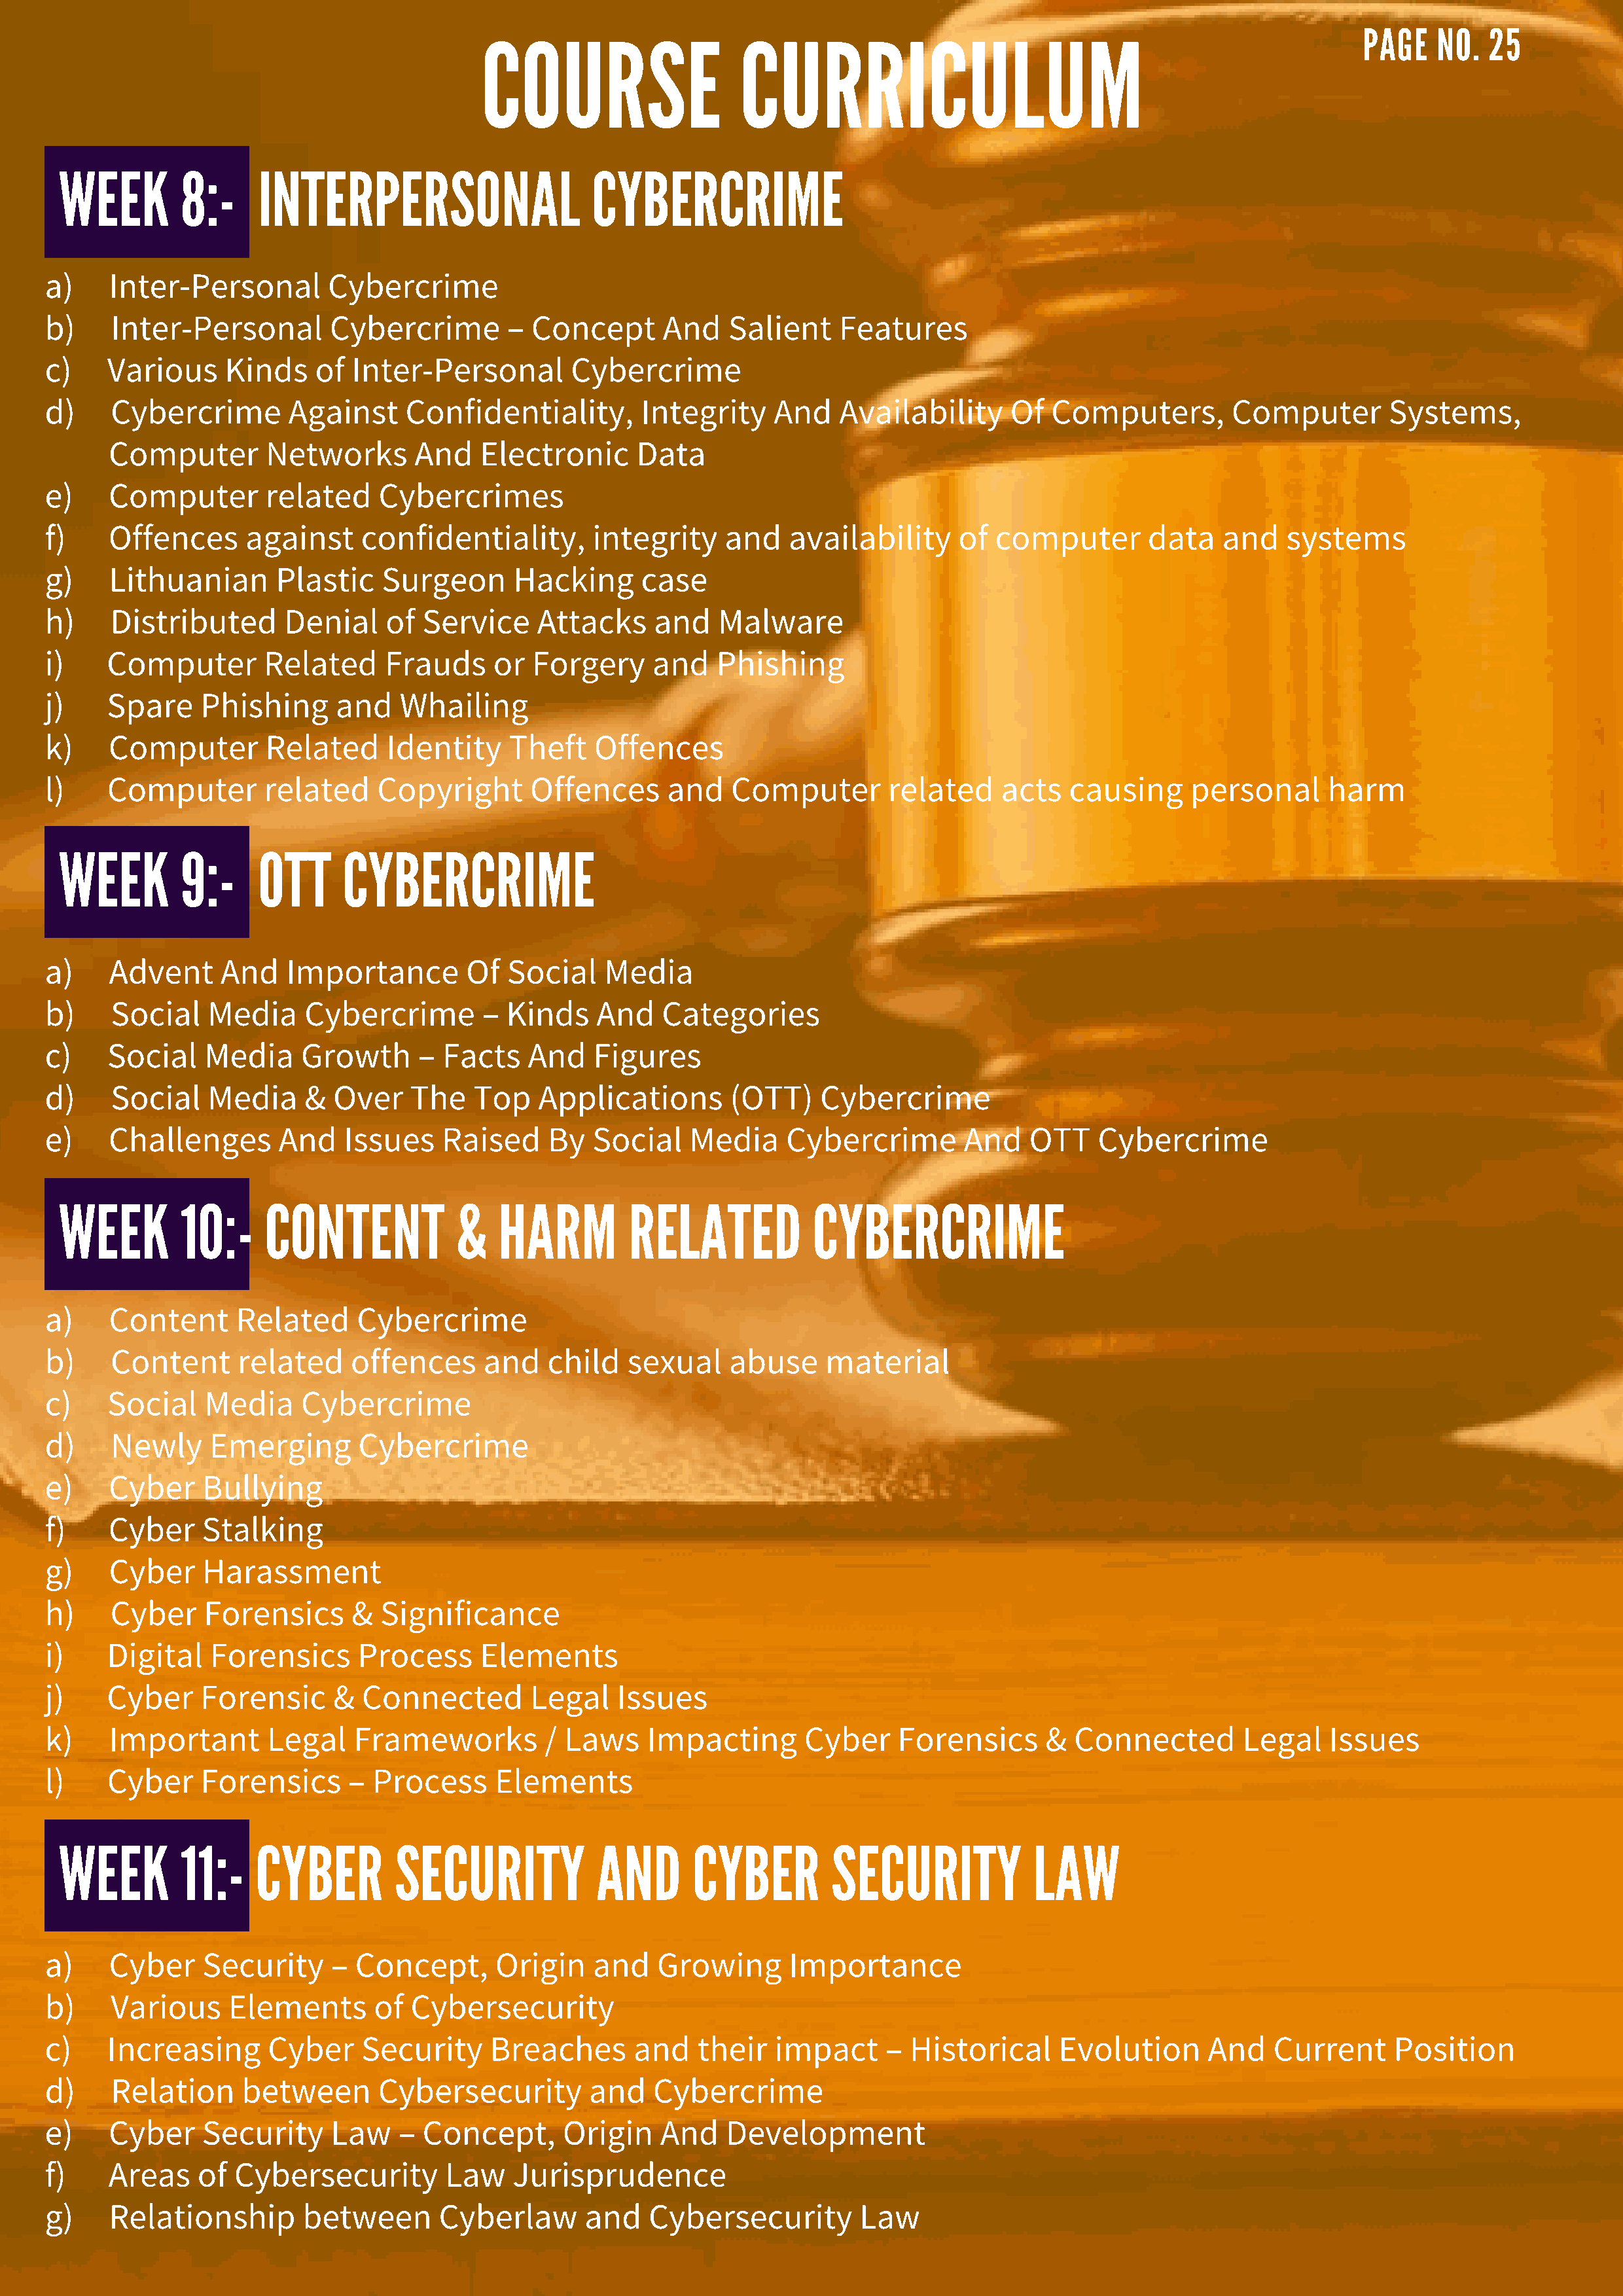
COURSE                    CURRICULUM
 PAGE   NO.   25
 WEEK        8:-     INTERPERSONAL                     CYBERCRIME
 a)    Inter-Personal        Cybercrime
 b)    Inter-Personal        Cybercrime        –  Concept      And    Salient    Features
 c)    Various     Kinds    of  Inter-Personal        Cybercrime
 d)    Cybercrime        Against     Confidentiality,        Integrity    And    Availability     Of  Computers,         Computer       Systems,
 Computer        Networks       And    Electronic     Data
 e)    Computer        related    Cybercrimes
 f)    Offences      against     confidentiality,       integrity    and    availability     of  computer       data    and   systems
 g)    Lithuanian       Plastic    Surgeon      Hacking      case
 h)    Distributed       Denial    of  Service    Attacks     and    Malware
 i)    Computer        Related     Frauds     or  Forgery     and   Phishing
 j)    Spare    Phishing      and   Whailing
 k)    Computer        Related     Identity    Theft    Offences
 l)    Computer        related    Copyright       Offences     and    Computer        related    acts   causing     personal      harm
 WEEK        9:-     OTT      CYBERCRIME
 a)    Advent     And    Importance        Of  Social    Media
 b)    Social    Media     Cybercrime        – Kinds    And    Categories
 c)    Social    Media    Growth      –  Facts   And    Figures
 d)    Social    Media     &  Over    The   Top   Applications        (OTT)    Cybercrime
 e)    Challenges       And    Issues    Raised    By   Social    Media     Cybercrime       And    OTT    Cybercrime
 WEEK        10:-     CONTENT            &   HARM          RELATED           CYBERCRIME
 a)    Content      Related     Cybercrime
 b)    Content      related    offences      and   child   sexual     abuse    material
 c)    Social    Media    Cybercrime
 d)    Newly     Emerging       Cybercrime
 e)    Cyber    Bullying
 f)    Cyber    Stalking
 g)    Cyber    Harassment
 h)    Cyber     Forensics      & Significance
 i)    Digital   Forensics      Process      Elements
 j)    Cyber    Forensic      &  Connected        Legal   Issues
 k)    Important       Legal    Frameworks         / Laws    Impacting       Cyber     Forensics      &  Connected        Legal   Issues
 l)    Cyber    Forensics      –  Process     Elements
 WEEK        11:-    CYBER         SECURITY            AND       CYBER         SECURITY            LAW
 a)    Cyber    Security     –  Concept,      Origin    and   Growing       Importance
 b)    Various     Elements       of  Cybersecurity
 c)    Increasing      Cyber     Security     Breaches      and    their  impact      – Historical     Evolution      And    Current     Position
 d)    Relation     between       Cybersecurity         and   Cybercrime
 e)    Cyber    Security     Law    –  Concept,      Origin    And   Development
 f)    Areas    of  Cybersecurity        Law    Jurisprudence
 g)    Relationship        between      Cyberlaw       and    Cybersecurity        Law